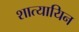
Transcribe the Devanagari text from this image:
शात्यायिन